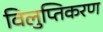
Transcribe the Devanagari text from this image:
विलुप्तिकरण